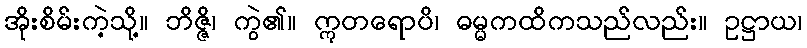
အိုးစိမ်းကဲ့သို့။ ဘိဇ္ဇိ၊ ကွဲ၏။ ဣတရောပိ၊ ဓမ္မကထိကသည်လည်း။ ဥဋ္ဌာယ၊